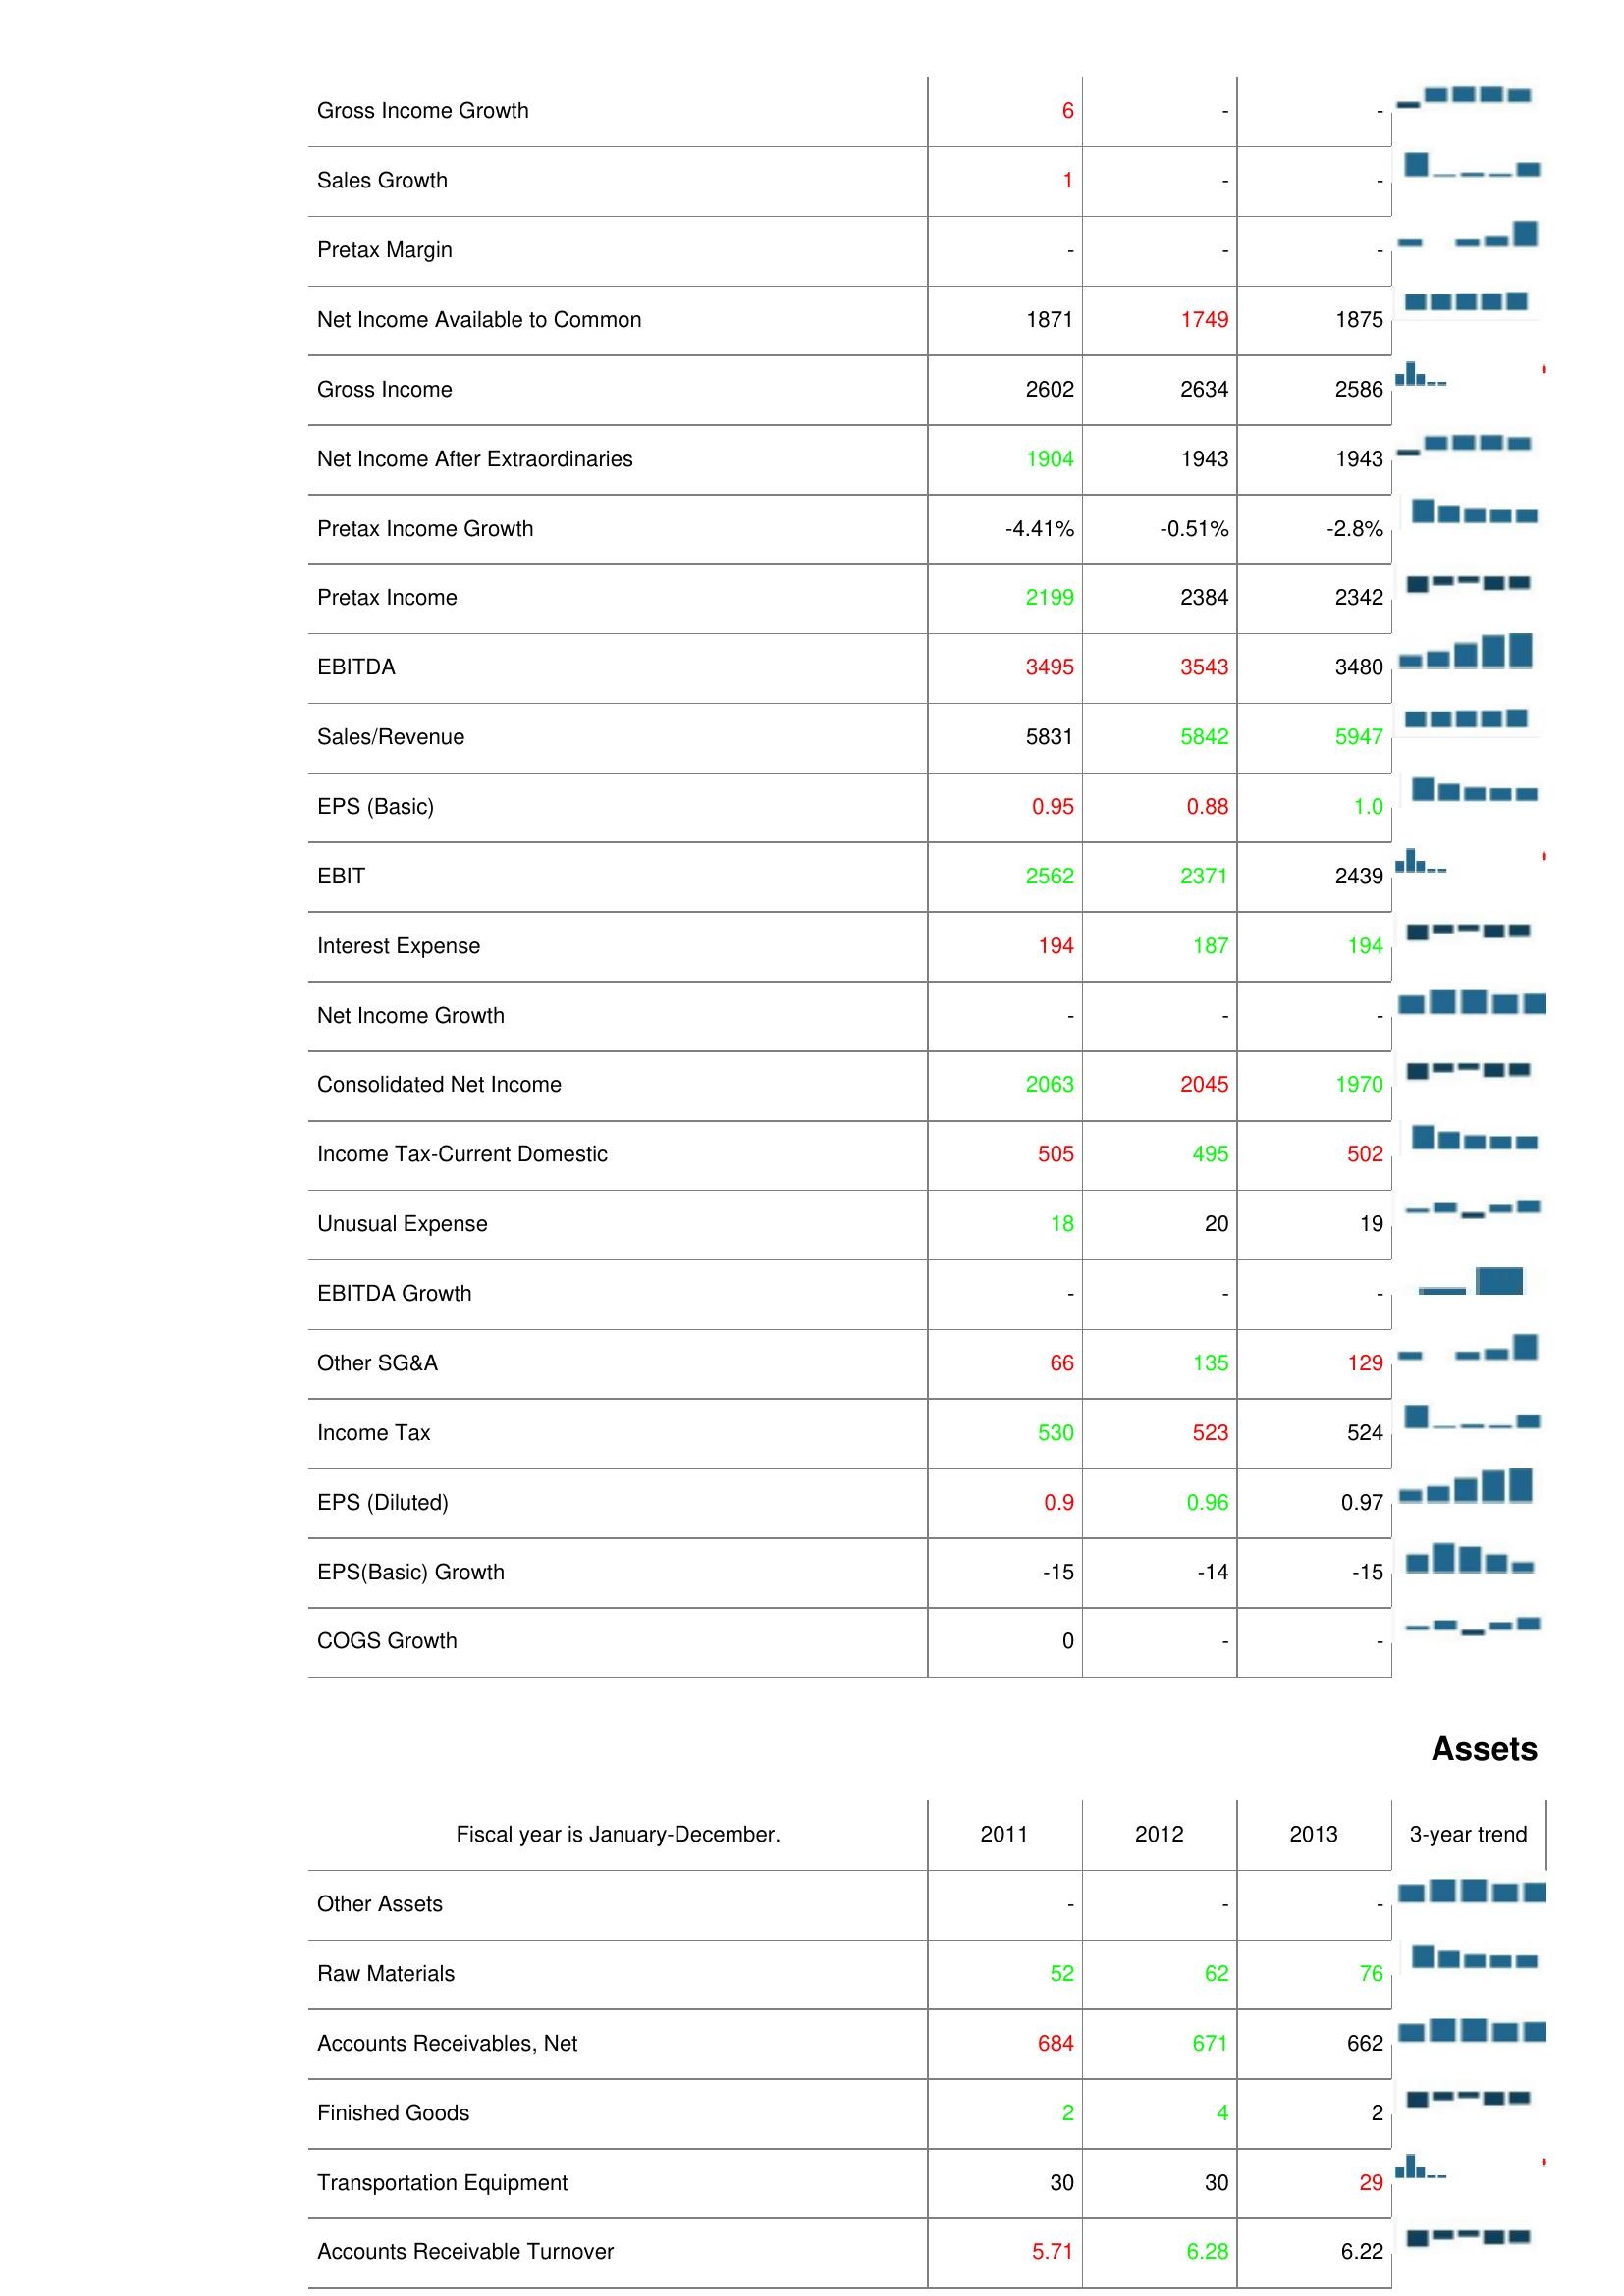
2011: : Gross Income Growth: 6
Sales Growth: 1
Pretax Margin: -
Net Income Available to Common: 1871
Gross Income: 2602
Net Income After Extraordinaries: 1904
Pretax Income Growth: -4.41%
Pretax Income: 2199
EBITDA: 3495
Sales/Revenue: 5831
EPS (Basic): 0.95
EBIT: 2562
Interest Expense: 194
Net Income Growth: -
Consolidated Net Income: 2063
Income Tax-Current Domestic: 505
Unusual Expense: 18
EBITDA Growth: -
Other SG&A: 66
Income Tax: 530
EPS (Diluted): 0.9
EPS(Basic) Growth: -15
COGS Growth: 0
Assets: Other Assets: -
Raw Materials: 52
Accounts Receivables, Net: 684
Finished Goods: 2
Transportation Equipment: 30
Accounts Receivable Turnover: 5.71
2012: : Gross Income Growth: -
Sales Growth: -
Pretax Margin: -
Net Income Available to Common: 1749
Gross Income: 2634
Net Income After Extraordinaries: 1943
Pretax Income Growth: -0.51%
Pretax Income: 2384
EBITDA: 3543
Sales/Revenue: 5842
EPS (Basic): 0.88
EBIT: 2371
Interest Expense: 187
Net Income Growth: -
Consolidated Net Income: 2045
Income Tax-Current Domestic: 495
Unusual Expense: 20
EBITDA Growth: -
Other SG&A: 135
Income Tax: 523
EPS (Diluted): 0.96
EPS(Basic) Growth: -14
COGS Growth: -
Assets: Other Assets: -
Raw Materials: 62
Accounts Receivables, Net: 671
Finished Goods: 4
Transportation Equipment: 30
Accounts Receivable Turnover: 6.28
2013: : Gross Income Growth: -
Sales Growth: -
Pretax Margin: -
Net Income Available to Common: 1875
Gross Income: 2586
Net Income After Extraordinaries: 1943
Pretax Income Growth: -2.8%
Pretax Income: 2342
EBITDA: 3480
Sales/Revenue: 5947
EPS (Basic): 1.0
EBIT: 2439
Interest Expense: 194
Net Income Growth: -
Consolidated Net Income: 1970
Income Tax-Current Domestic: 502
Unusual Expense: 19
EBITDA Growth: -
Other SG&A: 129
Income Tax: 524
EPS (Diluted): 0.97
EPS(Basic) Growth: -15
COGS Growth: -
Assets: Other Assets: -
Raw Materials: 76
Accounts Receivables, Net: 662
Finished Goods: 2
Transportation Equipment: 29
Accounts Receivable Turnover: 6.22